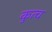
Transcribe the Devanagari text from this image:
कुत्च